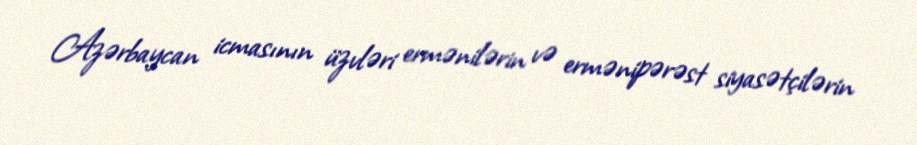
Azərbaycan icmasının üzvləri ermənilərin və ermənipərəst siyasətçilərin